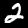
Digit: 2